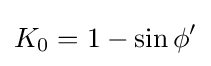
K_{0}=1-\sin \phi '